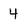
Character: 4